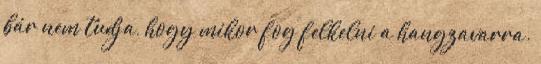
bár nem tudja, hogy mikor fog felkelni a hangzavarra.